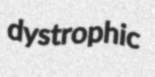
dystrophic